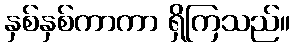
နှစ်နှစ်ကာကာ ရှိကြသည်။